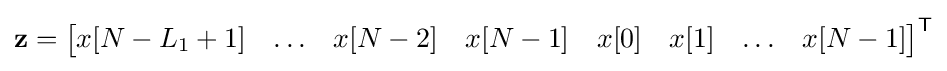
\mathbf {z} ={\begin{bmatrix}x[N-L_{1}+1]&\ldots &x[N-2]&x[N-1]&x[0]&x[1]&\ldots &x[N-1]\end{bmatrix}}^{\textsf {T}}